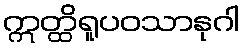
ဣတ္ထိရူပဝသာနုဂါ